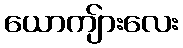
ယောကျ်ားလေး